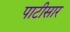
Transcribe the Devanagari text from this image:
पाटीसार